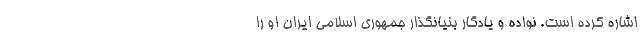
اشاره کرده است. نواده و یادگار بنیانگذار جمهوری اسلامی ایران او را